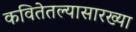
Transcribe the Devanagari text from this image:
कवितेतल्यासारख्या